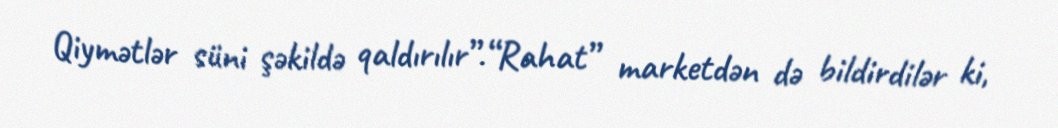
Qiymətlər süni şəkildə qaldırılır”.“Rahat” marketdən də bildirdilər ki,